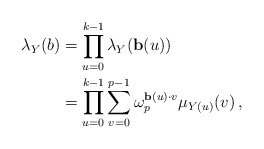
\begin{align*}\lambda_Y(b)& = \prod_{u=0}^{k-1} \lambda_Y(\mathbf{b}(u))\\& = \prod_{u=0}^{k-1} \sum_{v=0}^{p-1} \omega_p^{\mathbf{b}(u) \cdot v} \mu_{Y(u)}(v)\,,\end{align*}